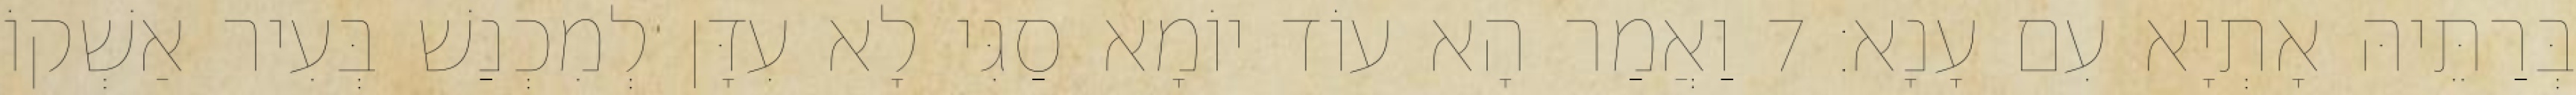
בְּרַתֵּיהּ אָתְיָא עִם עָנָא׃ 7 וַאֲמַר הָא עוֹד יוֹמָא סַגִּי לָא עִדָּן לְמִכְנַשׁ בְּעִיר אַשְׁקוֹ